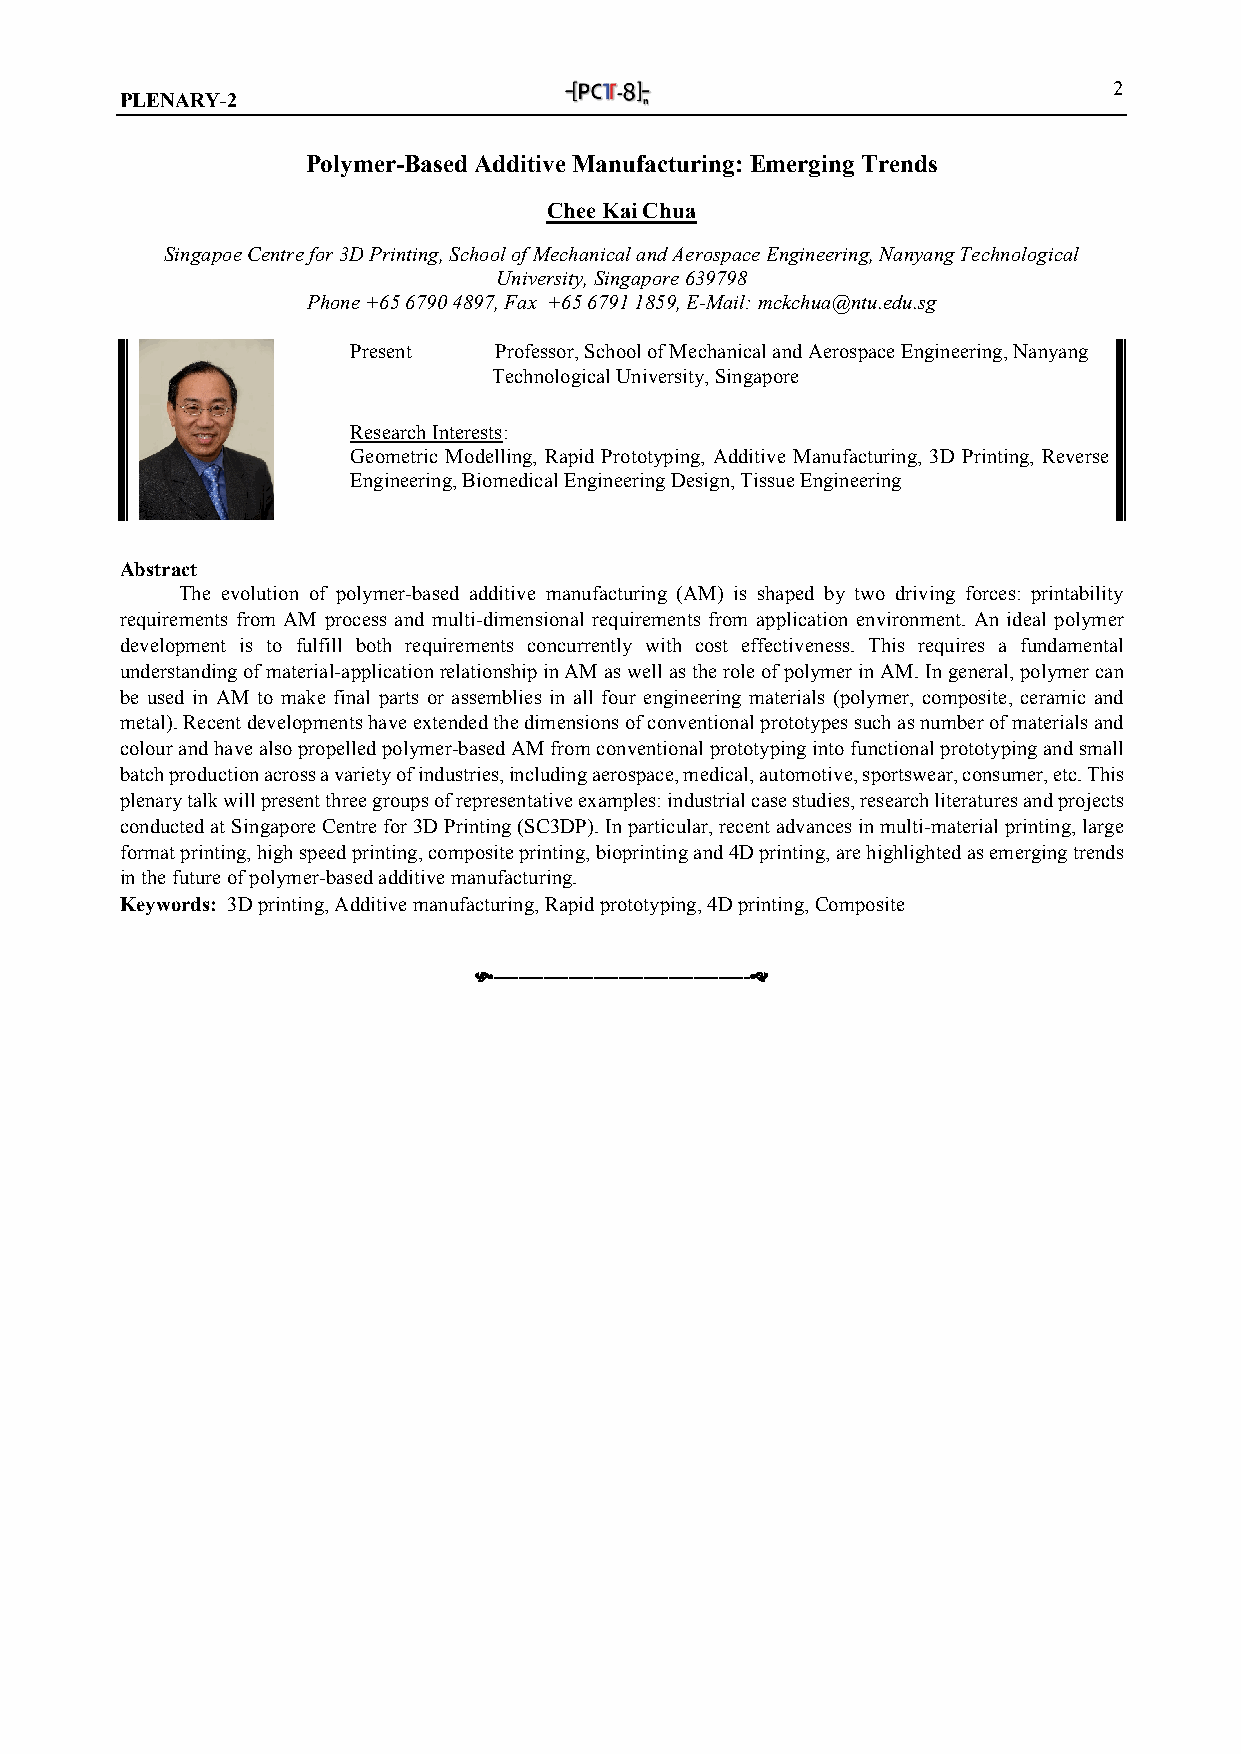
2
 PLENARY-2
 Polymer-Based Additive Manufacturing: Emerging Trends
 Chee Kai Chua
 Singapoe Centre for 3D Printing, School of Mechanical and Aerospace Engineering, Nanyang Technological
 University, Singapore 639798
 Phone +65 6790 4897, Fax +65 6791 1859, E-Mail: mckchua@ntu.edu.sg
 Present   Professor, School of Mechanical and Aerospace Engineering, Nanyang
 Technological University, Singapore
 Research Interests:
 Geometric Modelling, Rapid Prototyping, Additive Manufacturing, 3D Printing, Reverse
 Engineering, Biomedical Engineering Design, Tissue Engineering
 Abstract
 The evolution of polymer-based additive manufacturing (AM) is shaped by two driving forces: printability
 requirements from AM process and multi-dimensional requirements from application environment. An ideal polymer
 development is to fulfill both requirements concurrently with cost effectiveness. This requires a fundamental
 understanding of material-application relationship in AM as well as the role of polymer in AM. In general, polymer can
 be used in AM to make final parts or assemblies in all four engineering materials (polymer, composite, ceramic and
 metal). Recent developments have extended the dimensions of conventional prototypes such as number of materials and
 colour and have also propelled polymer-based AM from conventional prototyping into functional prototyping and small
 batch production across a variety of industries, including aerospace, medical, automotive, sportswear, consumer, etc. This
 plenary talk will present three groups of representative examples: industrial case studies, research literatures and projects
 conducted at Singapore Centre for 3D Printing (SC3DP). In particular, recent advances in multi-material printing, large
 format printing, high speed printing, composite printing, bioprinting and 4D printing, are highlighted as emerging trends
 in the future of polymer-based additive manufacturing.
 Keywords: 3D printing, Additive manufacturing, Rapid prototyping, 4D printing, Composite
 -----------------------------------------